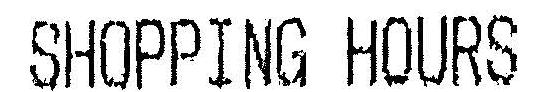
SHOPPING HOURS